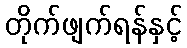
တိုက်ဖျက်ရန်နှင့်